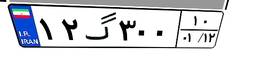
۱۰گ۱۷۰۱۳